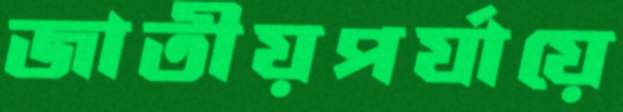
জাতীয়পর্যায়ে